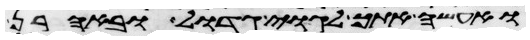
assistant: ואעשה אתך לגוי גדול ובאהרן